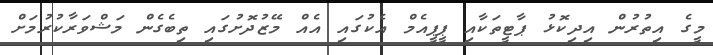
މީގެ އިތުރުން އިދިކޮޅު ޕާޓީތަކާއި ޕީޕީއެމް އެކުގައި އެއް މޭޒުދޮށުގައި ތިބެގެން މަޝްވަރާކުރުމަށް